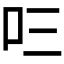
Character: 𭆻